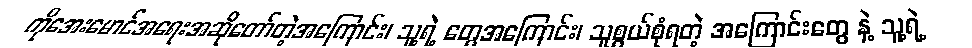
ကိုအေးမောင်အရေးအဆိုတော်တဲ့အကြောင်း၊ သူ့ရဲ့ တွေအကြောင်း၊ သူစွယ်စုံရတဲ့ အကြောင်းတွေ နဲ့ သူ့ရဲ့